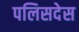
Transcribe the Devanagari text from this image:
पलिसदेस